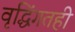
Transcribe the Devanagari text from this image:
वृद्धिंगतही